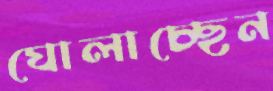
ঘোলাচ্ছেন